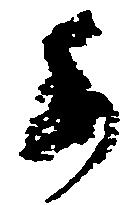
委